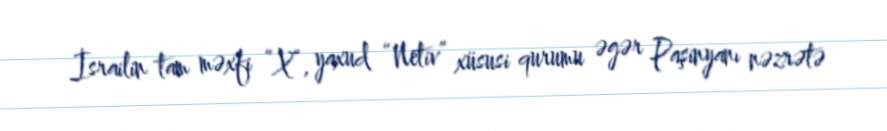
İsrailin tam məxfi “X”, yaxud “Netiv” xüsusi qurumu əgər Paşinyanı nəzrətə